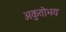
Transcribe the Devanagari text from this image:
अकुतोभय